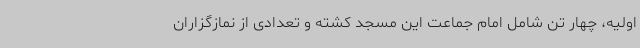
اولیه، چهار تن شامل امام جماعت این مسجد کشته و تعدادی از نمازگزاران